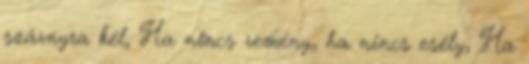
szárnyra kél, Ha nincs remény, ha nincs esély, Ha